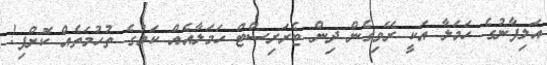
އަލިފާނުގެ ހަމަލާ އަކީ ރޭވިގެން ދިން ޓެރަރިސްޓް ހަމަލާއެއް ކަމުގެ ތުހުމަތެއް ކޮށްފި!